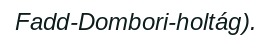
Fadd-Dombori-holtág).